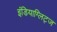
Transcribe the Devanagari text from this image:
इंडियाग्लिट्ज